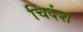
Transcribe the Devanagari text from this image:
चिदंश